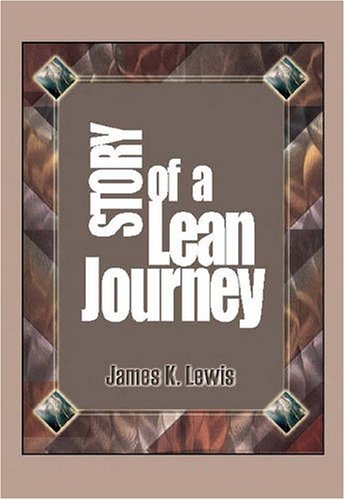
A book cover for Story of a Lean Journey; James K. Lewis; Business & Money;